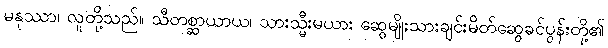
မနုဿာ၊ လူတို့သည်။ သီတစ္ဆာယာယ၊ သားသ္မီးမယား ဆွေမျိုးသားချင်းမိတ်ဆွေခင်ပွန်းတို့၏